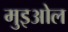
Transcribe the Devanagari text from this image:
मुइओल